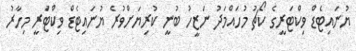
ޔުނައިޓެޑް ވިކްޓަރީގެ ކޯޗު މުހައްމަދު ނަޒީހު ބުނީ ކުރިޔަށްވުރެ ޔުނައިޓެޑް ވިކްޓަރީ މިހާރު